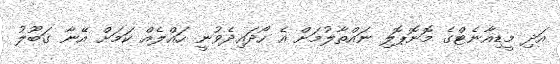
އަދި މީޑިއާނެޓްގެ މޮނޮޕޮލި ނައްތާލުމަށް އެ ހޯދައިދެވުނީ ހައްލެއް ކަމަށް އޭނާ ގަބޫލު